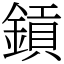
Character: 𨫋